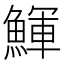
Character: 鯶